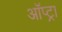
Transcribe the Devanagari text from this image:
ऑप्ट्रा